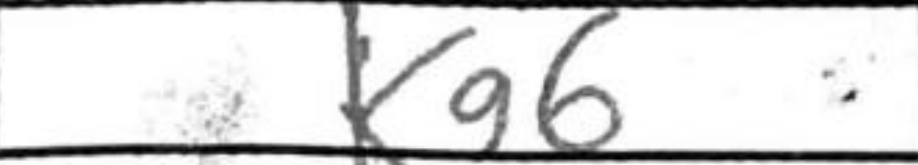
Transcription: Kg6